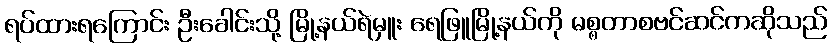
ရပ်ထားရကြောင်း ဦးခေါင်းသို့ မြို့နယ်ရဲမှူး ရေဖြူမြို့နယ်ကို မစ္စတာစဗင်ဆင်ကဆိုသည်